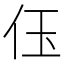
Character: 𠇤